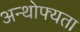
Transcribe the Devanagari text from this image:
अन्थोफ्यता